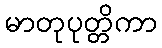
မာတုပုတ္တိကာ